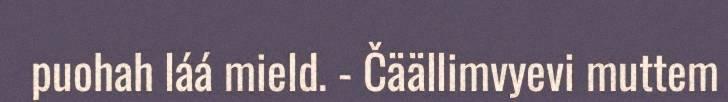
puohah láá mield. - Čäällimvyevi muttem